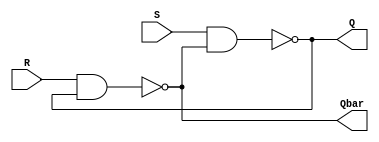
module sr_latch(
    input S,
    input R,
    output Q,
    output Qbar
);
nand(Q,S,Qbar);
nand(Qbar,R,Q);
endmodule